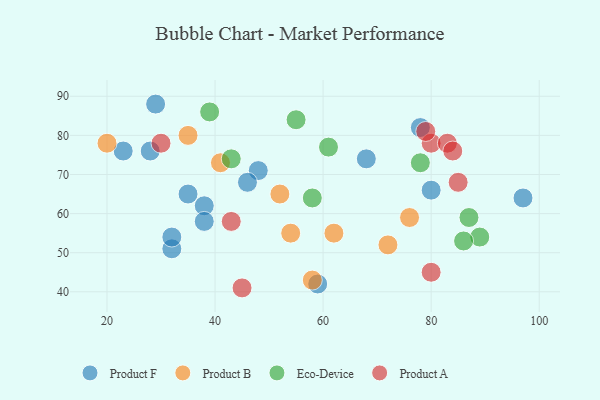
{"axis": {"x": "GDP", "y": "Life Expectancy"}, "legend": ["Eco-Device", "Product A", "Product B", "Product F"], "data": [{"x": "32", "y": 51, "type": "Product F"}, {"x": "80", "y": 66, "type": "Product F"}, {"x": "35", "y": 65, "type": "Product F"}, {"x": "48", "y": 71, "type": "Product F"}, {"x": "23", "y": 76, "type": "Product F"}, {"x": "38", "y": 62, "type": "Product F"}, {"x": "59", "y": 42, "type": "Product F"}, {"x": "29", "y": 88, "type": "Product F"}, {"x": "46", "y": 68, "type": "Product F"}, {"x": "38", "y": 58, "type": "Product F"}, {"x": "78", "y": 82, "type": "Product F"}, {"x": "32", "y": 54, "type": "Product F"}, {"x": "97", "y": 64, "type": "Product F"}, {"x": "28", "y": 76, "type": "Product F"}, {"x": "68", "y": 74, "type": "Product F"}, {"x": "20", "y": 78, "type": "Product B"}, {"x": "62", "y": 55, "type": "Product B"}, {"x": "72", "y": 52, "type": "Product B"}, {"x": "76", "y": 59, "type": "Product B"}, {"x": "58", "y": 43, "type": "Product B"}, {"x": "41", "y": 73, "type": "Product B"}, {"x": "35", "y": 80, "type": "Product B"}, {"x": "52", "y": 65, "type": "Product B"}, {"x": "54", "y": 55, "type": "Product B"}, {"x": "55", "y": 84, "type": "Eco-Device"}, {"x": "89", "y": 54, "type": "Eco-Device"}, {"x": "58", "y": 64, "type": "Eco-Device"}, {"x": "61", "y": 77, "type": "Eco-Device"}, {"x": "87", "y": 59, "type": "Eco-Device"}, {"x": "78", "y": 73, "type": "Eco-Device"}, {"x": "86", "y": 53, "type": "Eco-Device"}, {"x": "39", "y": 86, "type": "Eco-Device"}, {"x": "43", "y": 74, "type": "Eco-Device"}, {"x": "80", "y": 45, "type": "Product A"}, {"x": "85", "y": 68, "type": "Product A"}, {"x": "80", "y": 78, "type": "Product A"}, {"x": "83", "y": 78, "type": "Product A"}, {"x": "84", "y": 76, "type": "Product A"}, {"x": "30", "y": 78, "type": "Product A"}, {"x": "45", "y": 41, "type": "Product A"}, {"x": "43", "y": 58, "type": "Product A"}, {"x": "79", "y": 81, "type": "Product A"}]}